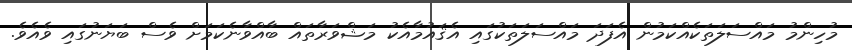
މުހިންމު މައްސަލަތަކެއްކަމުން އެފަދަ މައްސަލަތަކުގައި އެޤައުމާއެކު މަޝްވަރާތައް ބާއްވާނެކަމަށް ވެސް ބަޔަނުގައި ވެއެވެ.